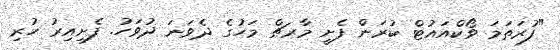
"ފުރަތަމަ ވޯކްއައުޓް ކުރަން ފެށީ މާރޗް މަހުގެ ދެވަނަ ދުވަހު. ފެށިއިރު ހުރި